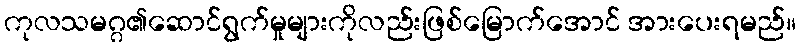
ကုလသမဂ္ဂ၏ဆောင်ရွက်မှုများကိုလည်းဖြစ်မြောက်အောင် အားပေးရမည်။